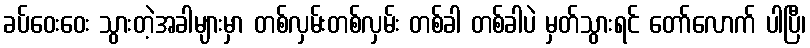
ခပ်ဝေးဝေး သွားတဲ့အခါများမှာ တစ်လှမ်းတစ်လှမ်း တစ်ခါ တစ်ခါပဲ မှတ်သွားရင် တော်လောက် ပါပြီ၊